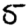
Digit: 5